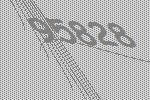
95828